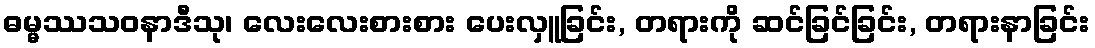
ဓမ္မဿသဝနာဒီသု၊ လေးလေးစားစား ပေးလှူခြင်း, တရားကို ဆင်ခြင်ခြင်း, တရားနာခြင်း